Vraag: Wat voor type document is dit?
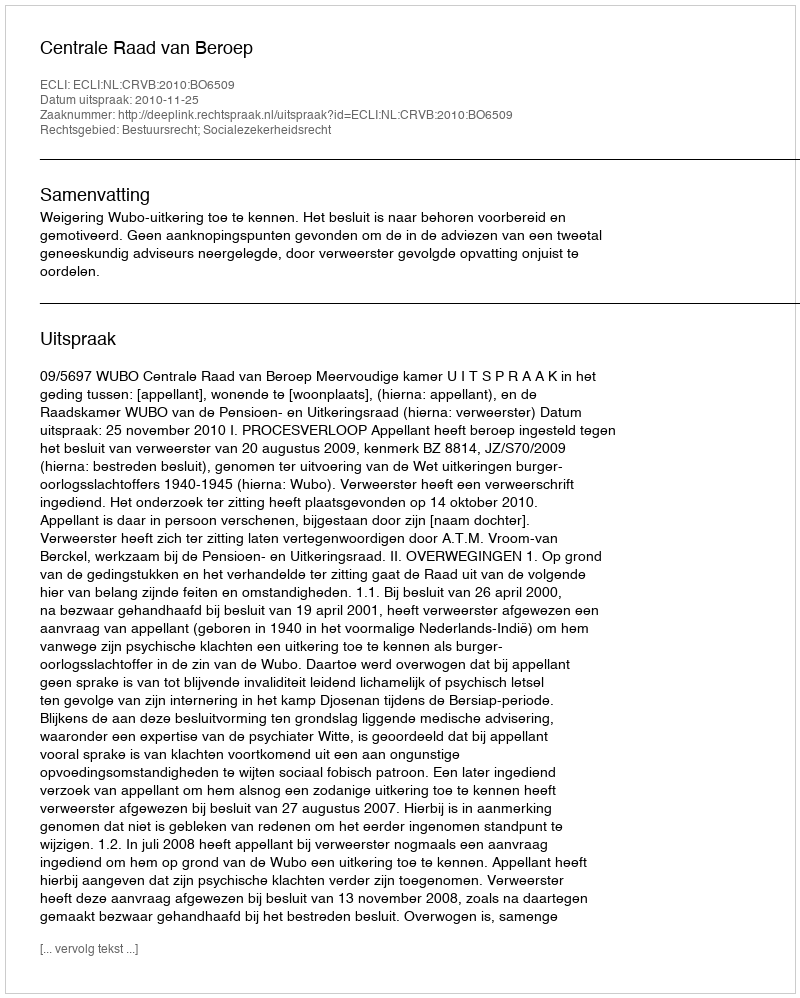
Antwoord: Uitspraak